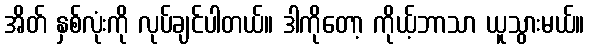
အိတ် နှစ်လုံးကို လုပ်ချင်ပါတယ်။ ဒါကိုတော့ ကိုယ့်ဘာသာ ယူသွားမယ်။